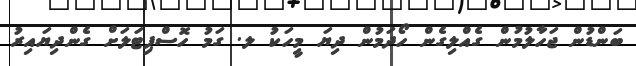
ބަންޑުން ޖަހާލުމުން ގެއްލިގެން ހޯދަމުން ދިޔަ މީހަކު ލ. ގަމު ހޮސްޕިޓަލަށް ގެންދިޔައިރު